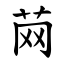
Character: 䒽